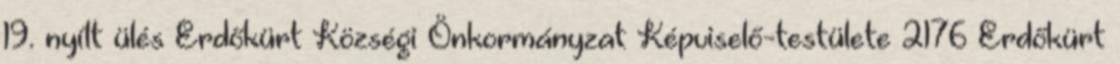
19. nyílt ülés Erdőkürt Községi Önkormányzat Képviselő-testülete 2176 Erdőkürt